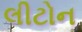
લીટોન